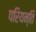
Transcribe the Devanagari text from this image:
परियन्ति